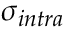
\sigma _ { i n t r a }